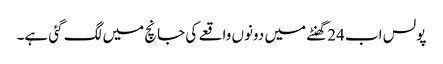
پولس اب 24گھنٹے میں دونوں واقعے کی جانچ میں لگ گئی ہے۔